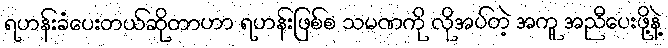
ရဟန်းခံပေးတယ်ဆိုတာဟာ ရဟန်းဖြစ်စ သမဏကို လိုအပ်တဲ့ အကူ အညီပေးဖို့နဲ့